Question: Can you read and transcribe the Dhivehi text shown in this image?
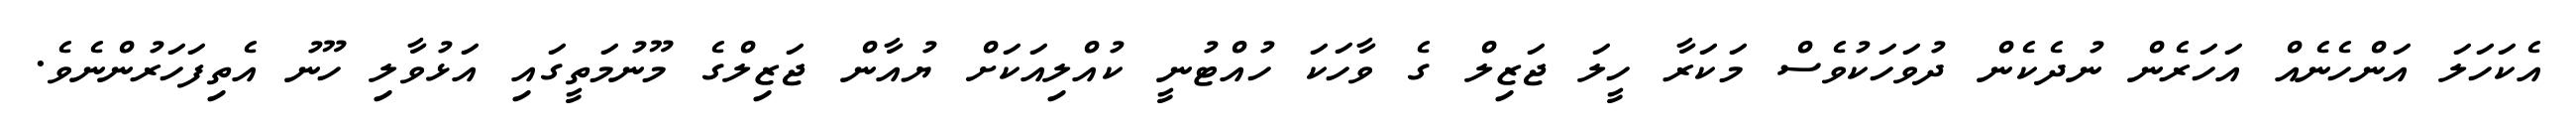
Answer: އެކަހަލަ އަންހެނެއް އަހަރެން ނުދެކެން ދުވަހަކުވެސް މަކަރާ ހީލަ ޖަޒިލް ގެ ވާހަކަ ހުއްޓުނީ ކުއްލިއަކަށް ޔުއާން ޖަޒިލްގެ މޫނުމަތީގައި އަޅުވާލި ހޫނު އެތިފަހަރުންނެވެ.